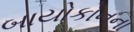
બાયોકોનના